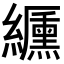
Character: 𦇟